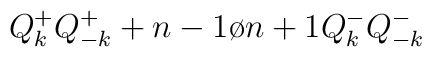
Q_k^+Q_{-k}^+ + {{n-1}\o {n+1}}Q_k^-Q_{-k}^-